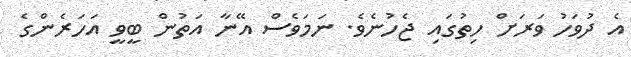
އެ ދުވަހު ވަރަށް ހިތުގައި ޖެހުނެވެ. ނަމަވެސް އޭނާ އަތުން ބީވީ އަހަރެންގެ